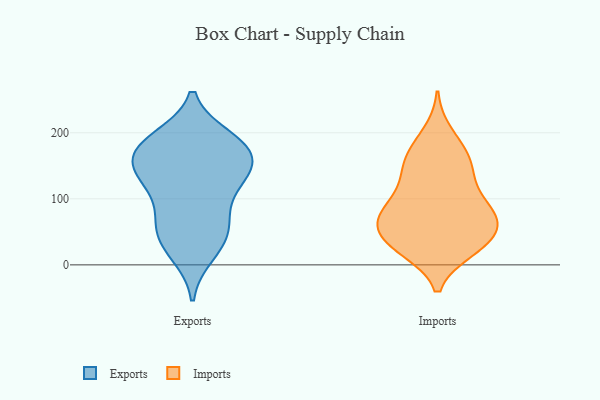
{"axis": {"x": "Net Income (USD K)", "y": "Value"}, "legend": ["Exports", "Imports"], "data": [{"x": "", "y": 131, "type": "Exports"}, {"x": "", "y": 53, "type": "Exports"}, {"x": "", "y": 172, "type": "Exports"}, {"x": "", "y": 67, "type": "Exports"}, {"x": "", "y": 184, "type": "Exports"}, {"x": "", "y": 191, "type": "Exports"}, {"x": "", "y": 145, "type": "Exports"}, {"x": "", "y": 164, "type": "Exports"}, {"x": "", "y": 49, "type": "Exports"}, {"x": "", "y": 28, "type": "Exports"}, {"x": "", "y": 142, "type": "Exports"}, {"x": "", "y": 185, "type": "Exports"}, {"x": "", "y": 129, "type": "Exports"}, {"x": "", "y": 82, "type": "Exports"}, {"x": "", "y": 124, "type": "Exports"}, {"x": "", "y": 17, "type": "Exports"}, {"x": "", "y": 178, "type": "Exports"}, {"x": "", "y": 125, "type": "Imports"}, {"x": "", "y": 69, "type": "Imports"}, {"x": "", "y": 69, "type": "Imports"}, {"x": "", "y": 167, "type": "Imports"}, {"x": "", "y": 151, "type": "Imports"}, {"x": "", "y": 87, "type": "Imports"}, {"x": "", "y": 42, "type": "Imports"}, {"x": "", "y": 29, "type": "Imports"}, {"x": "", "y": 63, "type": "Imports"}, {"x": "", "y": 149, "type": "Imports"}, {"x": "", "y": 27, "type": "Imports"}, {"x": "", "y": 172, "type": "Imports"}, {"x": "", "y": 23, "type": "Imports"}, {"x": "", "y": 69, "type": "Imports"}, {"x": "", "y": 122, "type": "Imports"}, {"x": "", "y": 199, "type": "Imports"}, {"x": "", "y": 51, "type": "Imports"}, {"x": "", "y": 25, "type": "Imports"}, {"x": "", "y": 83, "type": "Imports"}, {"x": "", "y": 91, "type": "Imports"}]}